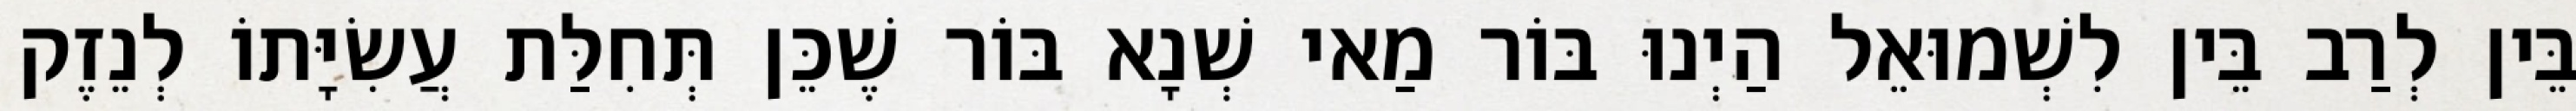
בֵּין לְרַב בֵּין לִשְׁמוּאֵל הַיְנוּ בּוֹר מַאי שְׁנָא בּוֹר שֶׁכֵּן תְּחִלַּת עֲשִׂיָּתוֹ לְנֵזֶק